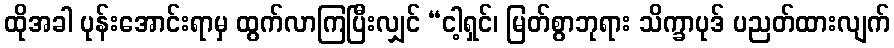
ထိုအခါ ပုန်းအောင်းရာမှ ထွက်လာကြပြီးလျှင် “ငါ့ရှင်၊ မြတ်စွာဘုရား သိက္ခာပုဒ် ပညတ်ထားလျက်